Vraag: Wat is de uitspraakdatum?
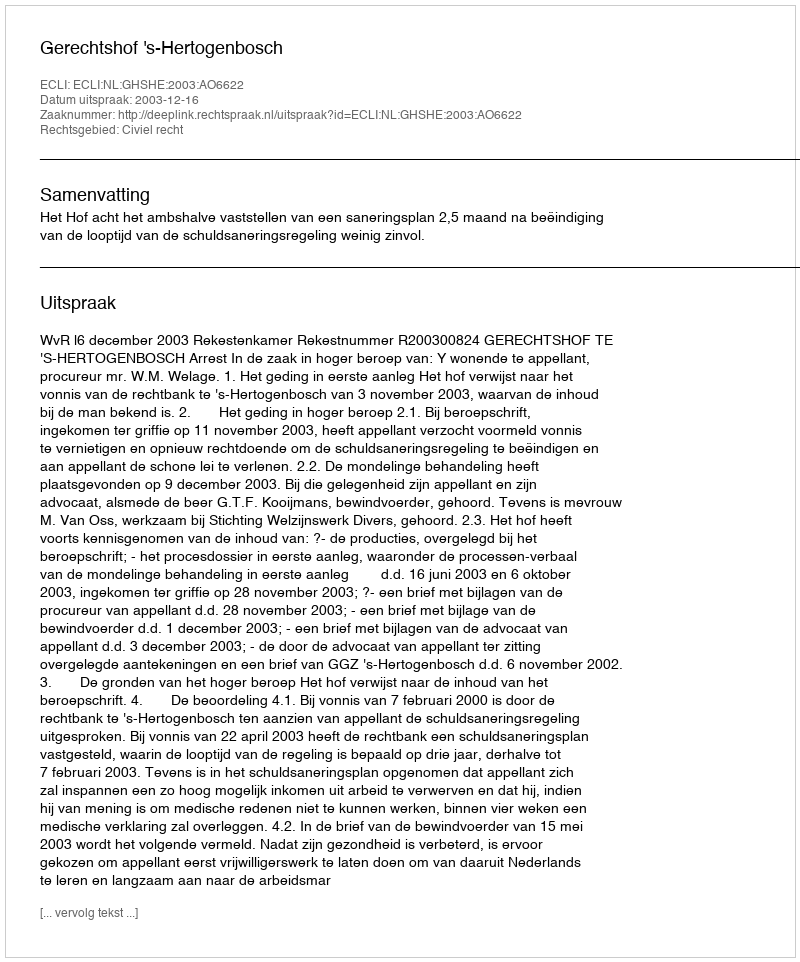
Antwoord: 2003-12-16